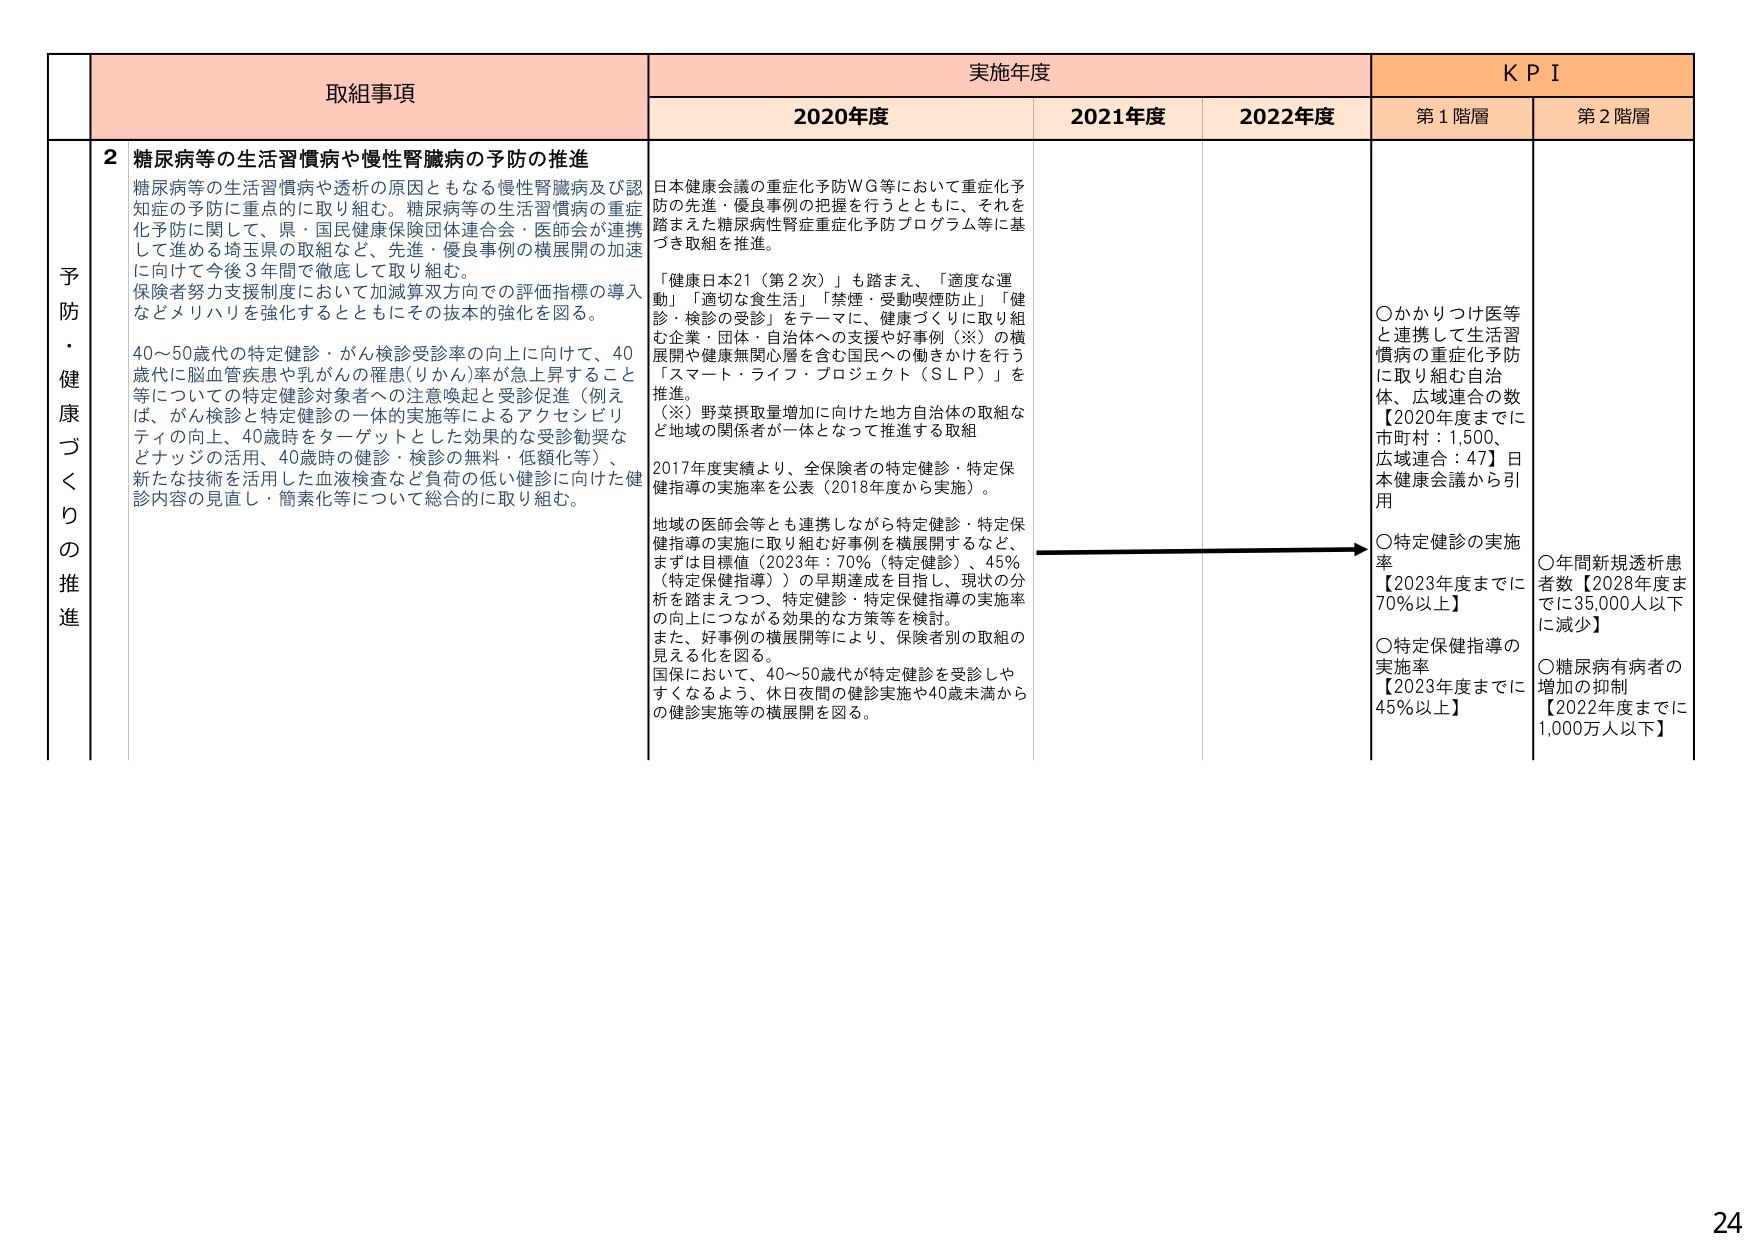
予防・健康づくりの推進

取組事項
2 糖尿病等の生活習慣病や慢性腎臓病の予防の推進
糖尿病等の生活習慣病や透析の原因ともなる慢性腎臓病及び認知症の予防に重点的に取り組む。糖尿病等の生活習慣病の重症化予防に関して、県・国民健康保険団体連合会・医師会が連携して進める埼玉県の取組など、先進・優良事例の横展開の加速に向けて今後3年間で徹底して取り組む。
保険者努力支援制度において加減算双方向での評価指標の導入などメリハリを強化するとともにその抜本的強化を図る。
40～50歳代の特定健診・がん検診受診率の向上に向けて、40歳代に脳血管疾患や乳がんの罹患(りかん)率が急上昇すること等についての特定健診対象者への注意喚起と受診促進（例えば、がん検診と特定健診の一体的実施等によるアクセシビリティの向上、40歳時をターゲットとした効果的な受診勧奨などナッジの活用、40歳時の健診・検診の無料・低額化等）、新たな技術を活用した血液検査など負荷の低い健診に向けた健診内容の見直し・簡素化等について総合的に取り組む。

実施年度
2020年度
日本健康会議の重症化予防WG等において重症化予防の先進・優良事例の把握を行うとともに、それを踏まえた糖尿病性腎症重症化予防プログラム等に基づき取組を推進。
「健康日本21（第2次）」も踏まえ、「適度な運動」「適切な食生活」「禁煙・受動喫煙防止」「健診・検診の受診」をテーマに、健康づくりに取り組む企業・団体・自治体への支援や好事例（※）の横展開や健康無関心層を含む国民への働きかけを行う「スマート・ライフ・プロジェクト（SLP）」を推進。
（※）野菜摂取量増加に向けた地方自治体の取組など地域の関係者が一体となって推進する取組
2017年度実績より、全保険者の特定健診・特定保健指導の実施率を公表（2018年度から実施）。
地域の医師会等とも連携しながら特定健診・特定保健指導の実施に取り組む好事例を横展開するなど、まずは目標値（2023年：70%（特定健診）、45%（特定保健指導））の早期達成を目指し、現状の分析を踏まえつつ、特定健診・特定保健指導の実施率の向上につながる効果的な方策等を検討。
また、好事例の横展開等により、保険者別の取組の見える化を図る。
国保において、40～50歳代が特定健診を受診しやすくなるよう、休日夜間の健診実施や40歳未満からの健診実施等の横展開を図る。

2021年度

2022年度

KPI
第1階層
○かかりつけ医等と連携して生活習慣病の重症化予防に取り組む自治体、広域連合の数【2020年度までに市町村：1,500、広域連合：47】日本健康会議から引用
○特定健診の実施率【2023年度までに70%以上】
○特定保健指導の実施率【2023年度までに45%以上】

第2階層
○年間新規透析患者数【2028年度までに35,000人以下に減少】
○糖尿病有病者の増加の抑制【2022年度までに1,000万人以下】

24